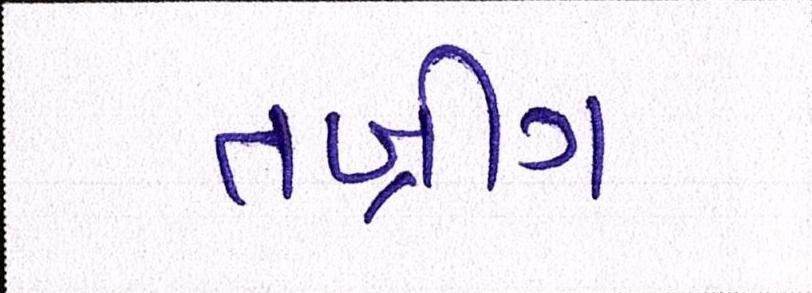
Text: તબ્રીઝ